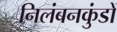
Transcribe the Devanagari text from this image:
निलंबनकुंडों